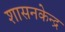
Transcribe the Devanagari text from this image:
शासनकेन्द्र